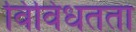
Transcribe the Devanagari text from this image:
विविधतता